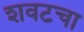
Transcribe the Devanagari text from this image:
शवटचा